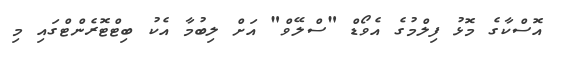
އޮސްކާގެ މޮޅު ފިލްމުގެ އެވޯޑް "ސްލޭވް" އަށް ލިބުމާ އެކު ބިޓްޓޮރެންޓްގައި މި